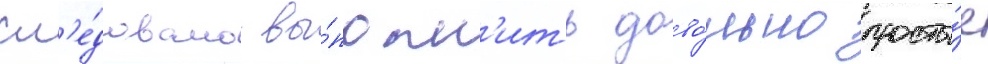
сл'е́довало вы́полн'ить дово́льно просты́е